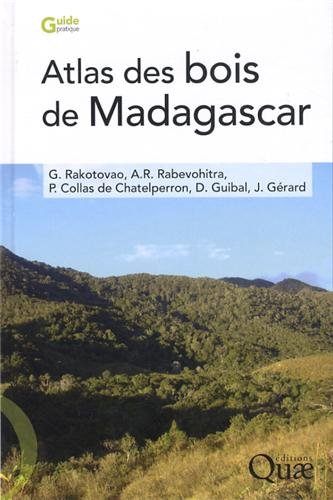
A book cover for Atlas des bois de Madagascar; Georges Rakotovao; Travel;